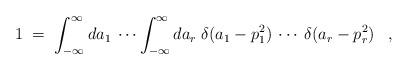
LaTeX: \begin{align*}1 \;=\; \int_{-\infty}^\infty da_1 \:\cdots \int_{-\infty}^\infty da_r \; \delta(a_1 - p_1^2) \:\cdots\: \delta(a_r - p_r^2) \;\;\; ,\end{align*}